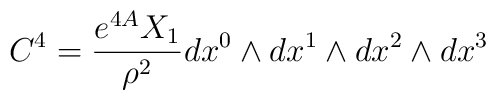
C^4 = { e^{4A} X_1 \over \rho^2} dx^0 \wedge dx^1 \wedge dx^2 \wedge dx^3